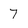
Character: 7